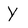
Character: Y